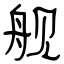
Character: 舰